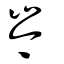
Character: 岑